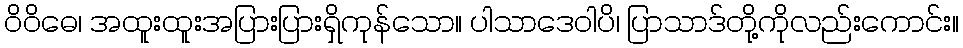
ဝိဝိဓေ၊ အထူးထူးအပြားပြားရှိကုန်သော။ ပါသာဒေဝါပိ၊ ပြာသာဒ်တို့ကိုလည်းကောင်း။